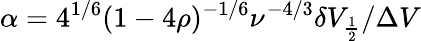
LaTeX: \alpha=4^{1/6}(1-4\rho)^{-1/6}\nu^{-4/3}\delta V_{\frac{1}{2}}/\Delta V